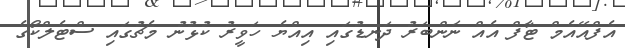
އެފްއޭއެމް ޓާފް އެއް ނަންބަރު ދަނޑުގައި އިއްޔެ ހަވީރު ކުޅުނު މެޗުގައި ސްޓެލްކޯގެ